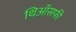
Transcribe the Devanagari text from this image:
थिऑसफी